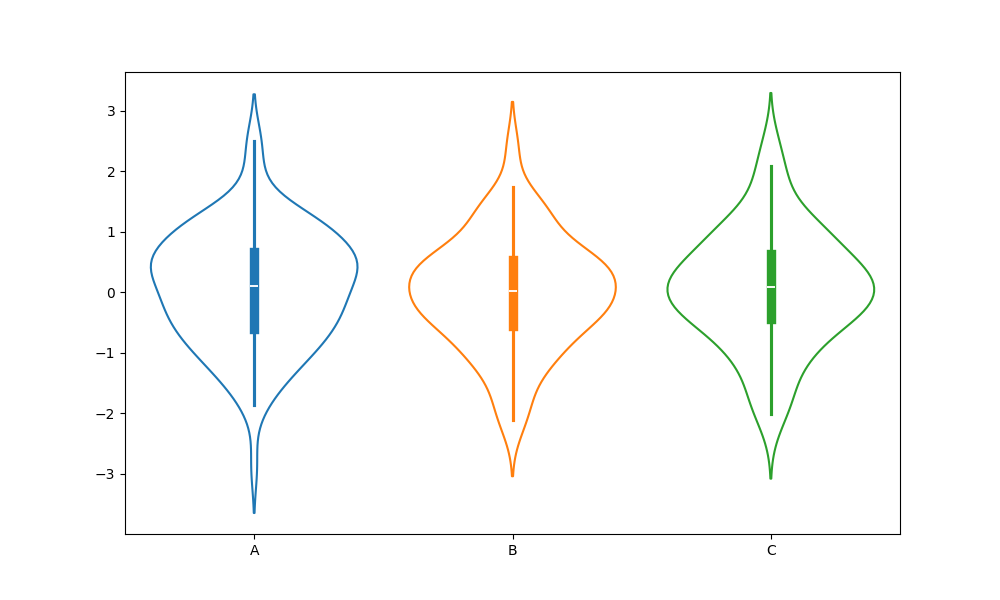
python, seaborn, violinplot, scale='count', split='False', inner='box', fill='False'